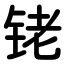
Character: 铑